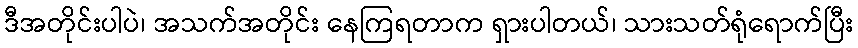
ဒီအတိုင်းပါပဲ၊ အသက်အတိုင်း နေကြရတာက ရှားပါတယ်၊ သားသတ်ရုံရောက်ပြီး